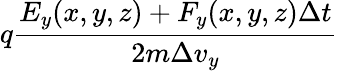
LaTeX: q\frac{E_{y}(x,y,z)+F_{y}(x,y,z)\Delta t}{2m\Delta v_{y}}